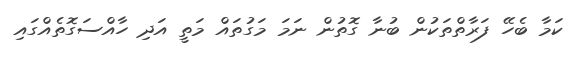
ކަމާ ބެހޭ ފަރާތްތަކުން ބުނާ ގޮތުން ނަމަ މަގުތައް މަތީ އަދި ހާއްސަގޮތެއްގައި